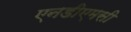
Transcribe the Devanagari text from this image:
एनडीएमसी